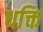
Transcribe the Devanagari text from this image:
धक्ति